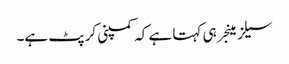
سیلز مینجر ہی کہتا ہے کہ کمپنی کرپٹ ہے۔